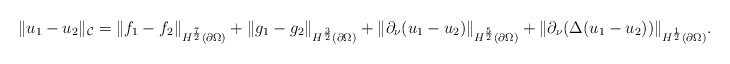
\begin{align*}\lVert u_{1}-u_{2}\rVert_{\mathcal{C}}=\lVert f_{1}-f_{2} \rVert_{H^{\frac{7}{2}}(\partial \Omega)}+\lVert g_{1}-g_{2} \rVert_{H^{\frac{3}{2}}(\partial \Omega)} +\lVert \partial_{\nu}(u_{1}-u_{2}) \rVert_{H^{\frac{5}{2}}(\partial \Omega)}+\lVert \partial_{\nu}(\Delta(u_{1}-u_{2})) \rVert_{H^{\frac{1}{2}}(\partial \Omega)}.\end{align*}